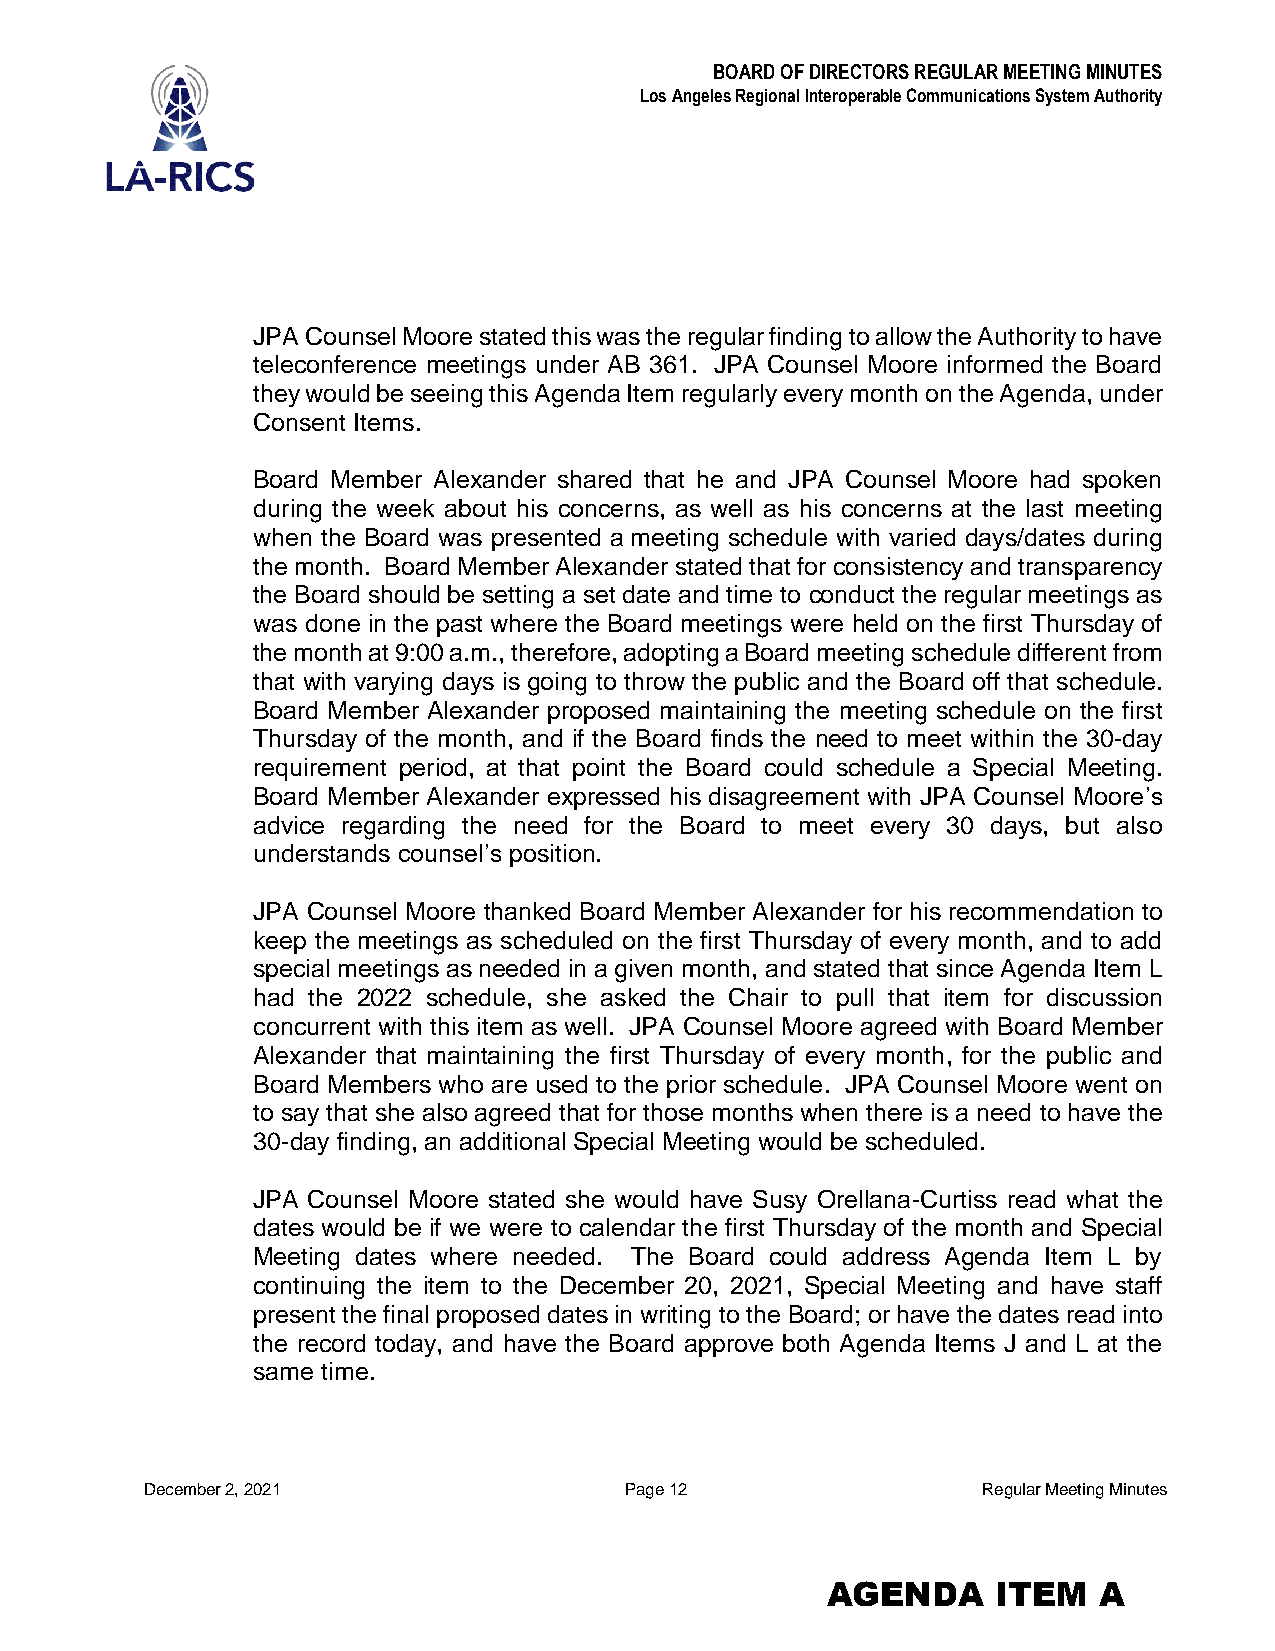
BOARD OF DIRECTORS REGULAR MEETING MINUTES
 Los Angeles Regional Interoperable Communications System Authority
 JPA Counsel Moore stated this was the regular finding to allow the Authority to have
 teleconference meetings under AB 361. JPA Counsel Moore informed the Board
 they would be seeing this Agenda Item regularly every month on the Agenda, under
 Consent Items.
 Board Member Alexander shared that he and JPA Counsel Moore had spoken
 during the week about his concerns, as well as his concerns at the last meeting
 when the Board was presented a meeting schedule with varied days/dates during
 the month. Board Member Alexander stated that for consistency and transparency
 the Board should be setting a set date and time to conduct the regular meetings as
 was done in the past where the Board meetings were held on the first Thursday of
 the month at 9:00 a.m., therefore, adopting a Board meeting schedule different from
 that with varying days is going to throw the public and the Board off that schedule.
 Board Member Alexander proposed maintaining the meeting schedule on the first
 Thursday of the month, and if the Board finds the need to meet within the 30-day
 requirement period, at that point the Board could schedule a Special Meeting.
 Board Member Alexander expressed his disagreement with JPA Counsel Moore’s
 advice regarding the need for the Board to meet every 30 days, but also
 understands counsel’s position.
 JPA Counsel Moore thanked Board Member Alexander for his recommendation to
 keep the meetings as scheduled on the first Thursday of every month, and to add
 special meetings as needed in a given month, and stated that since Agenda Item L
 had the 2022 schedule, she asked the Chair to pull that item for discussion
 concurrent with this item as well. JPA Counsel Moore agreed with Board Member
 Alexander that maintaining the first Thursday of every month, for the public and
 Board Members who are used to the prior schedule. JPA Counsel Moore went on
 to say that she also agreed that for those months when there is a need to have the
 30-day finding, an additional Special Meeting would be scheduled.
 JPA Counsel Moore stated she would have Susy Orellana-Curtiss read what the
 dates would be if we were to calendar the first Thursday of the month and Special
 Meeting dates where needed. The Board could address Agenda Item L by
 continuing the item to the December 20, 2021, Special Meeting and have staff
 present the final proposed dates in writing to the Board; or have the dates read into
 the record today, and have the Board approve both Agenda Items J and L at the
 same time.
 December 2, 2021               Page 12                 Regular Meeting Minutes
 AGENDA     ITEM   A